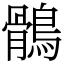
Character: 鶻